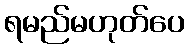
ရမည်မဟုတ်ပေ